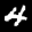
Label: 4